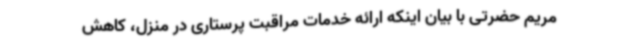
مریم حضرتی با بیان اینکه ارائه خدمات مراقبت پرستاری در منزل، کاهش